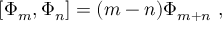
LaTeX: [ \Phi _ { m } , \Phi _ { n } ] = ( m - n ) \Phi _ { m + n } ~ ,